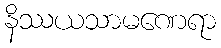
နိဿယသာမဏေရာ